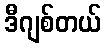
ဒီဂျစ်တယ်